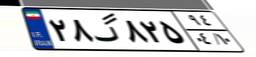
۲۸گ۸۲۵۹۴